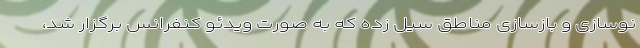
نوسازی و بازسازی مناطق سیل زده که به صورت ویدئو کنفرانس برگزار شد،